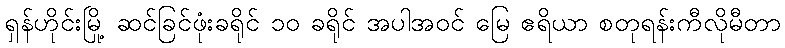
ရှန်ဟိုင်းမြို့ ဆင်ခြင်ဖုံးခရိုင် ၁၀ ခရိုင် အပါအဝင် မြေ ဧရိယာ စတုရန်းကီလိုမီတာ